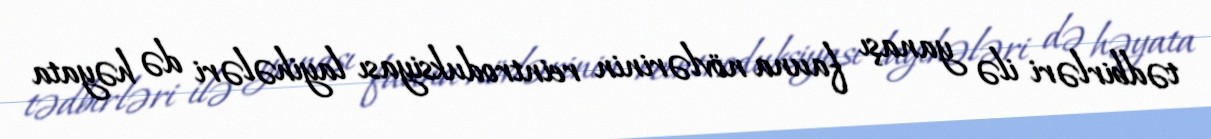
tədbirləri ilə yanaşı fauna növlərinin reintroduksiyası layihələri də həyata